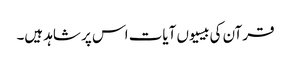
قرآن کی بیسیوں آیات اس پر شاہد ہیں۔